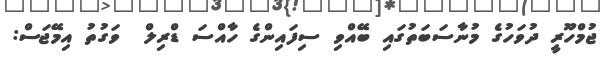
ޖުމްހޫރީ ދުވަހުގެ މުނާސަބަތުގައި ބޭއްވި ސިފައިންގެ ހާއްސަ ޑްރިލް  ވަގުތު އިމޭޖަސް: